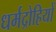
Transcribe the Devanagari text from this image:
धर्मद्रोहियों